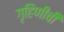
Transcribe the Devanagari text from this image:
गृहिणीची